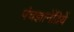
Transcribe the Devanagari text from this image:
पंचज्ञानेंद्रियें